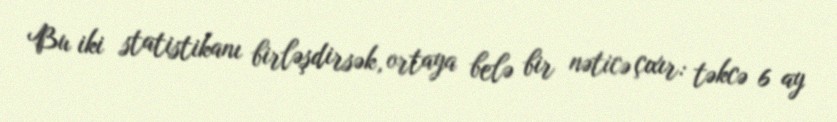
Bu iki statistikanı birləşdirsək, ortaya belə bir nəticə çıxır: təkcə 6 ay